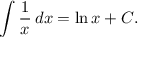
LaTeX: \int { \frac { 1 } { x } } \, d x = \ln x + C .